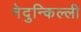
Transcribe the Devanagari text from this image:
नेदुन्किल्ली